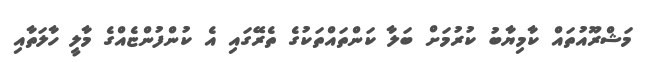
މަޝްރޫއުތައް ކާމިޔާބު ކުރުމަށް ބަލާ ކަންތައްތަކުގެ ތެރޭގައި އެ ކުންފުންޏެއްގެ މާލީ ހާލަތާއި